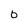
Character: 6